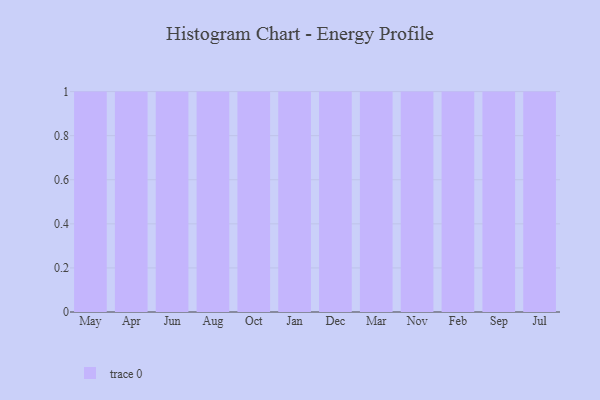
{"axis": {"x": "Month", "y": "Humidity (%)"}, "legend": [""], "data": [{"x": "May", "y": 50, "type": ""}, {"x": "Apr", "y": 47, "type": ""}, {"x": "Jun", "y": 98, "type": ""}, {"x": "Aug", "y": 64, "type": ""}, {"x": "Oct", "y": 28, "type": ""}, {"x": "Jan", "y": 61, "type": ""}, {"x": "Dec", "y": 42, "type": ""}, {"x": "Mar", "y": 37, "type": ""}, {"x": "Nov", "y": 68, "type": ""}, {"x": "Feb", "y": 35, "type": ""}, {"x": "Sep", "y": 85, "type": ""}, {"x": "Jul", "y": 59, "type": ""}]}